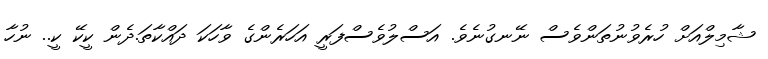
ޝާމިލްއަށް ހުރެވުނުތަންވެސް ނޭނގުނެވެ. އަސްލުވެސްފަރީ އަހަރެންގެ ވާހަކަ ދައްކާތަ.ދެން ކީކޭ ކީ.. ނުހާ